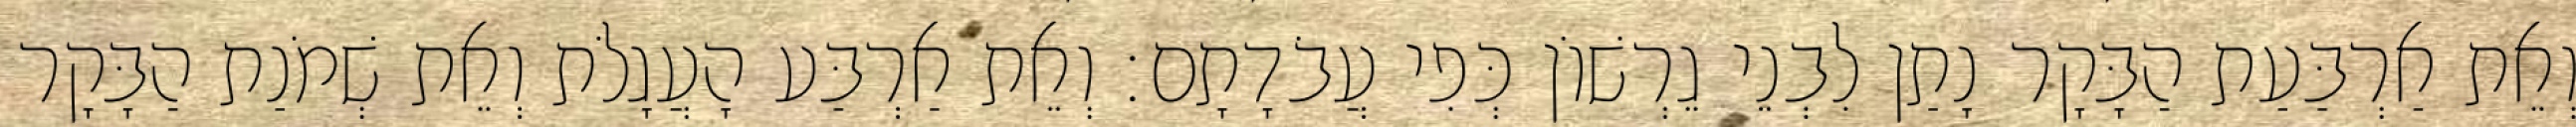
וְאֵת אַרְבַּעַת הַבָּקָר נָתַן לִבְנֵי גֵרְשׁוֹן כְּפִי עֲבֹדָתָם׃ וְאֵת אַרְבַּע הָעֲגָלֹת וְאֵת שְׁמֹנַת הַבָּקָר